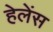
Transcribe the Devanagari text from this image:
हेलेंस